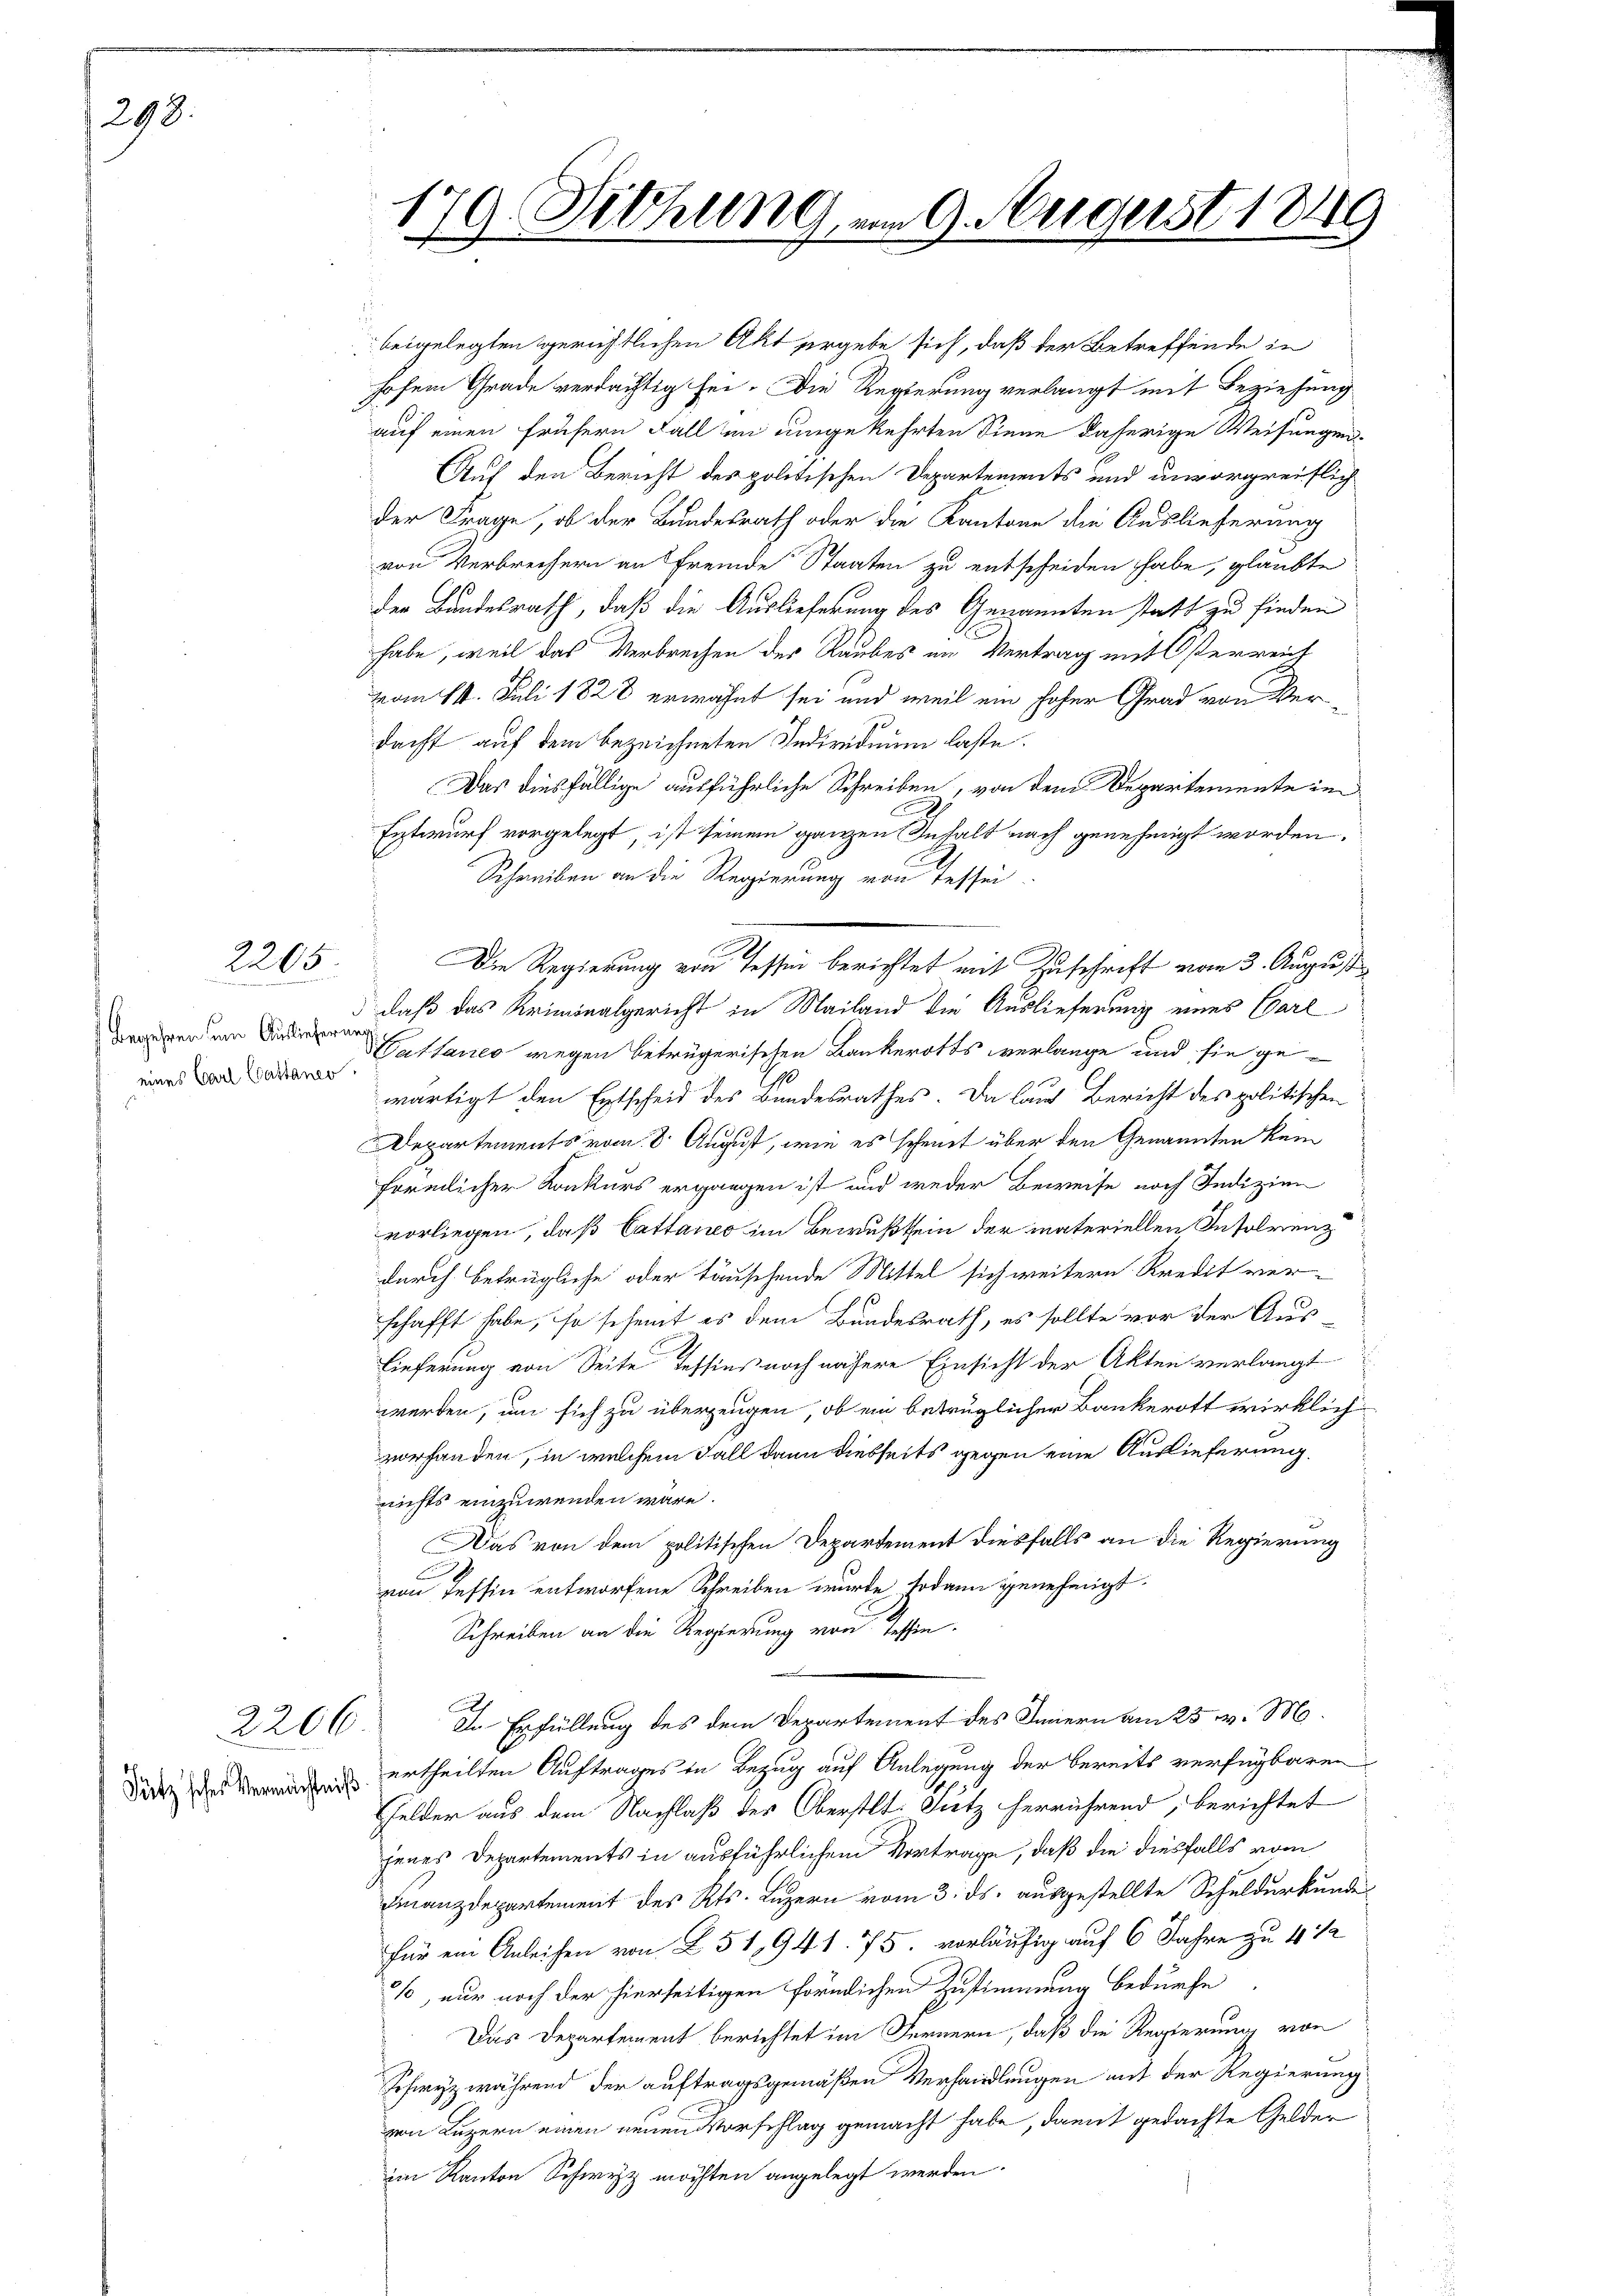
298.

2205

eines Carl Coustaner

2206.

Sutz scher Vermächtniß

179. Diehung, am 9. August 1849

beigelegten gerichtlichen Akt ergebe sich, daß der Betreffende in
hofem Grade verdächtig sei. Die Regierung verlangt mit Beziehung
auf einen frühern Fall in ungekehrten Sinne daherige Weisungen-
Auf den Bericht des politischen Departements und unvorgreiflich
der Frage, ob der Bundesrath oder die Kantone die Auslieferung
von Verbrechern an Fremde Staaten zu entscheiden habe, glaubte
der Bundesrath, daß die Auslieferung des Genannten statt zu finden
habe, weil das Verbrechen der Raubes im Vertrag mit Österreich
vom 14. Juli 1828 erwähnt sei und weil ein hoher Grad von Verdacht auf dem bezeichneten Individuum laste.
Das diesfällige ausführliche Schreiben, von dem Departemente im
E
Entwurf vorgelegt, ist seinem ganzen Inhalt nach genehmigt worden.
Schreiben an die Regierung von Tessei¬
Die Regierung von Tessin berichtet mit Zuschrift vom 3. August
 daß das Kriminalgericht in Mailand die Auslieferung eines Carl
er an stare wegen betrügerischen Bankerotts verlange und sie gewärtigt den Entscheid des Bundesrathes. Da lauf Bericht des politischen
Departements vom 8. August, wie es scheint über den Genannten kein
förmlicher Konkurs ergangen ist und weder Beweise noch Indizien
vorliegen, daß Cattano im Bewußtsein der materiellen Insolvenz
durch betrügliche oder täuschende Mittel sich weitern Kredit ver-
schafft habe, so scheint es dem Bundesrath, es sollte vor der Aus
Lieferung von Seite Tessins noch nähere Einsicht der Akten verlangt
werden, um sich zu überzeugen, ob ein betrüglicher Bankerott wirklich
vorhanden, in welchem Fall dann diesseits gegen eine Auslieferung,
nichts einzuwenden wäre.
Das von dem politischen Departement diesfalls an die Regierung
c
von Tessin entworfene Schreiben wurde sodann genehmigt.
Schreiben an die Regierung von Tessin.
In Erfüllung des dem Departement des Innern am 25. v. M.
ertheilten Auftrages in Bezug auf Anlegung der bereits verfügbaren
Gelder aus dem Nachlaß des Oberstlt. Sutz herrührend, berichtet
jenes Departements in ausführlichem Vortrage, daß die diesfalls vom
Finanzdepartement des Kts. Luzern vom 3. ds. ausgestellte Schuldurkunde
für ein Anleihen von § 51941. 75. vorläufig auf 6 Jahre zu 4 1/2
s, nur noch der hierseitigen förmlichen Zustimmung bedürfe
Das Departement berichtet im Fernern, daß die Regierung von
Schwyz während der auftragsgemäßen Verhandlungen mit der Regierung
von Luzern einen neuen Vorschlag gemacht habe, damit gedachte Gelder
im Kanton Schwyz möchten angelegt werden.